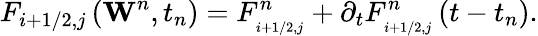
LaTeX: {{F}_{i+1/2,j}}\left({{\mathbf{W}}^{n}},{{t}_{n}}\right)=F_{_{i+1/2,j}}^{n}+{{\partial}_{t}}F_{_{i+1/2,j}}^{n}\left(t-{{t}_{n}}\right).